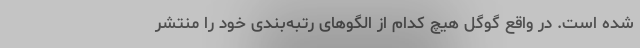
شده است. در واقع گوگل هیچ کدام از الگوهای رتبه‌بندی خود را منتشر